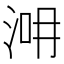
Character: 𣵢